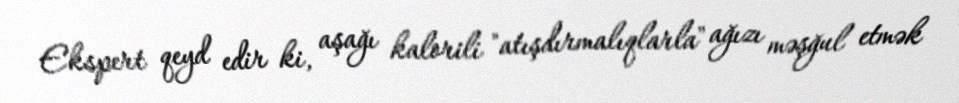
Ekspert qeyd edir ki, aşağı kalorili "atışdırmalıqlarla" ağızı məşğul etmək